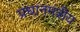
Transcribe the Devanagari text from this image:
प्रधानमंत्रीय